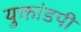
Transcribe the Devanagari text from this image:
युक्तांडपी